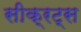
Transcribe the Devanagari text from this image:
सीक्रट्स